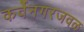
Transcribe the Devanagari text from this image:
कर्वेनगरजवळ